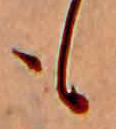
も